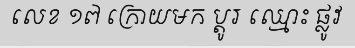
លេខ ១៧ ក្រោយមក ប្តូរ ឈ្មោះ ផ្លូវ